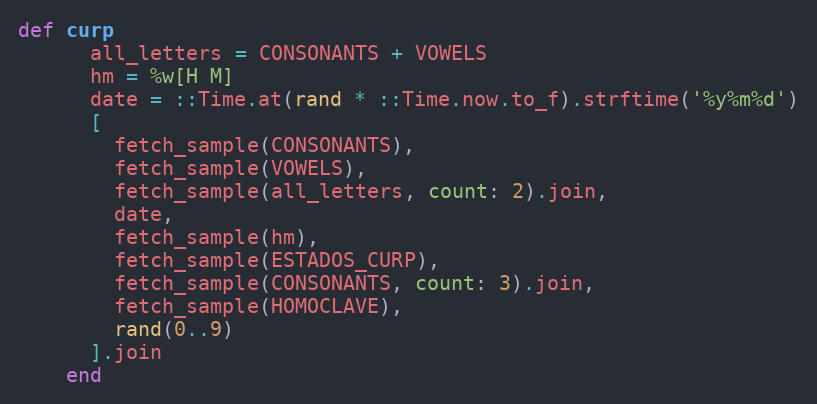
Language: Ruby
def curp
      all_letters = CONSONANTS + VOWELS
      hm = %w[H M]
      date = ::Time.at(rand * ::Time.now.to_f).strftime('%y%m%d')
      [
        fetch_sample(CONSONANTS),
        fetch_sample(VOWELS),
        fetch_sample(all_letters, count: 2).join,
        date,
        fetch_sample(hm),
        fetch_sample(ESTADOS_CURP),
        fetch_sample(CONSONANTS, count: 3).join,
        fetch_sample(HOMOCLAVE),
        rand(0..9)
      ].join
    end